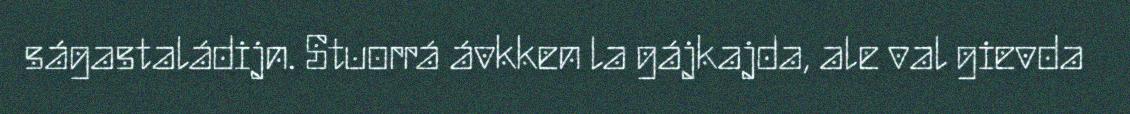
ságastaládijn. Stuorrá ávkken la gájkajda, ale val gievda